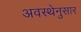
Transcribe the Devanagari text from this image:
अवस्थेनुसार